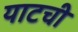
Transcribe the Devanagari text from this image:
याटची